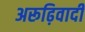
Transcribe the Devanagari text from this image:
अरूढ़िवादी